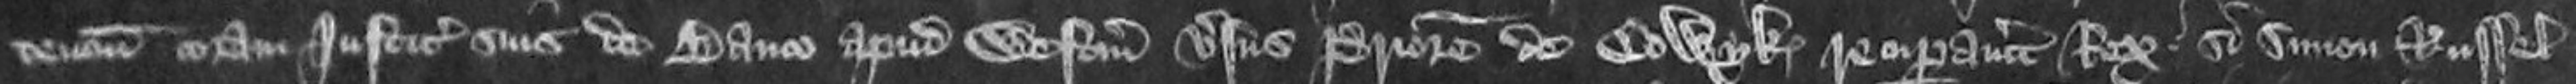
tencium coram Justiciariis suis de Banco apud Westmonasterium versus Priorem de Colwyk recuperaviter Rex Si Simon Russel